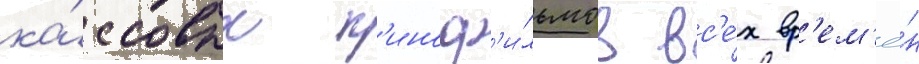
ка́ссовых к'иноф'и́льмов вс'е́х вр'ем'ё́н